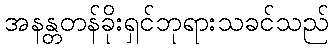
အနန္တတန်ခိုးရှင်ဘုရားသခင်သည်